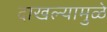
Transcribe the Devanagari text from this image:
दाखल्यामुळे